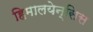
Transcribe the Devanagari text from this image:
हिमालयेन्सिस